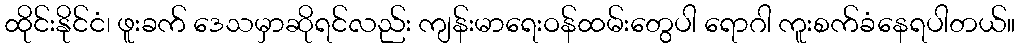
ထိုင်းနိုင်ငံ၊ ဖူးခက် ဒေသမှာဆိုရင်လည်း ကျန်းမာရေးဝန်ထမ်းတွေပါ ရောဂါ ကူးစက်ခံနေရပါတယ်။